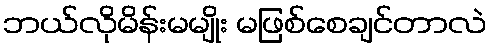
ဘယ်လိုမိန်းမမျိုး မဖြစ်စေချင်တာလဲ